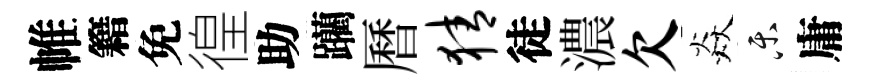
帷籍免徨助躪曆猜徒濃欠焱乐庸